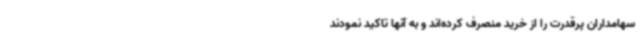
سهامداران پرقدرت را از خرید منصرف کرده‌اند و به آنها تاکید نمودند